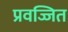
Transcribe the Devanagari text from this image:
प्रवज्जित